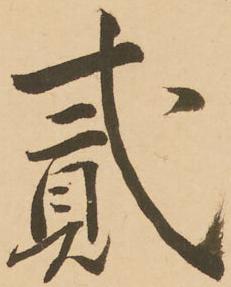
弐